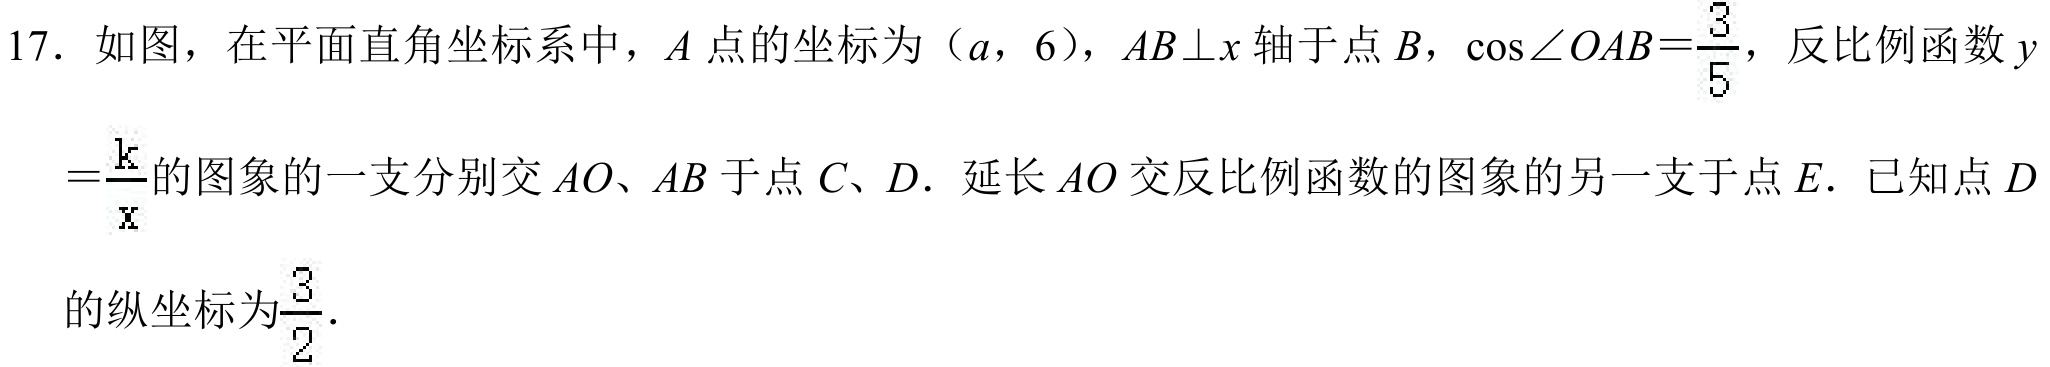
17. 如图，在平面直角坐标系中，\(A\)点的坐标为\((a,6)\)，\(AB\perp x\)轴于点\(B\)，\(\cos\angle OAB = \frac{3}{5}\)，反比例函数\(y\)
\(=\frac{k}{x}\)的图象的一支分别交\(AO、AB\)于点\(C、D\). 延长\(AO\)交反比例函数的图象的另一支于点\(E\). 已知点\(D\)
的纵坐标为\(\frac{3}{2}\).